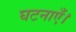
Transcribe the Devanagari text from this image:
घटनाएँ।